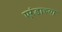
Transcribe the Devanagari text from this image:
एरंडाच्या